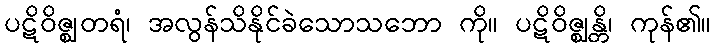
ပဋိဝိဇ္ဈတရံ၊ အလွန်သိနိုင်ခဲသောသဘော ကို။ ပဋိဝိဇ္ဈန္တိ၊ ကုန်၏။